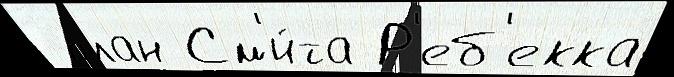
 план См'и́та Р'еб'екка